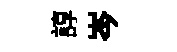
諄岑